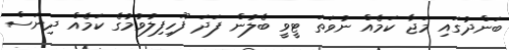
ބަންދުގައި މަޖާ ކަމެއް ނުވަތަ ޓީވީ ބެލުން ފަދަ ފޫހިފިލުވުމުގެ ކަމެއް ދިނަސް